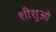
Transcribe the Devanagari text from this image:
शीशुओ